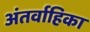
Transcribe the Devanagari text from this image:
अंतर्वाहिका